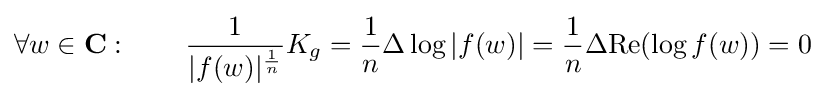
\forall w\in \mathbf {C} :\qquad {\frac {1}{|f(w)|^{\frac {1}{n}}}}K_{g}={\frac {1}{n}}\Delta \log |f(w)|={\frac {1}{n}}\Delta {\text{Re}}(\log f(w))=0